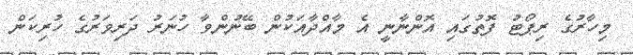
މިހާރުގެ ރިޕޯޓު ފޮތުގައި އޮންނާނީ އެ މާއްދާއަކުން ބޭނުންވާ ހުނަރު ދަރިވަރުގެ ހުރިކަން